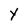
Character: Y